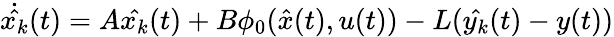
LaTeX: {\dot{\hat{x_{k}}}}(t)=A{\hat{x_{k}}}(t)+B\phi_{0}({\hat{x}}(t),u(t))-L({\hat{y_{k}}}(t)-y(t))